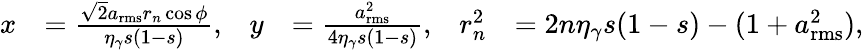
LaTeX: \begin{array}{rlrlrl}{x}&{=\frac{\sqrt{2}a_{\mathrm{rms}}r_{n}\cos\phi}{\eta_{\gamma}s(1-s)},}&{y}&{=\frac{a_{\mathrm{rms}}^{2}}{4\eta_{\gamma}s(1-s)},}&{r_{n}^{2}}&{=2n\eta_{\gamma}s(1-s)-(1+a_{\mathrm{rms}}^{2}),}\end{array}